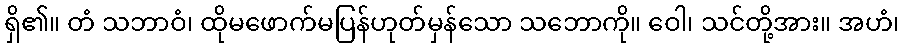
ရှိ၏။ တံ သဘာဝံ၊ ထိုမဖောက်မပြန်ဟုတ်မှန်သော သဘောကို။ ဝေါ၊ သင်တို့အား။ အဟံ၊